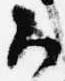
候